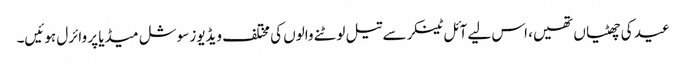
عید کی چھٹیاں تھیں، اس لیے آئل ٹینکر سے تیل لوٹنے والوں کی مختلف ویڈیوز سوشل میڈیا پر وائرل ہوئیں۔